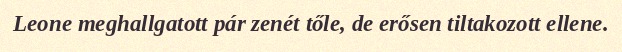
Leone meghallgatott pár zenét tőle, de erősen tiltakozott ellene.